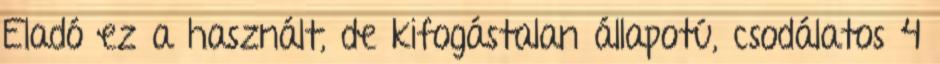
Eladó ez a használt, de kifogástalan állapotú, csodálatos 4